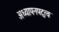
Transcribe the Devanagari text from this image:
अध्यापनपटुत्व